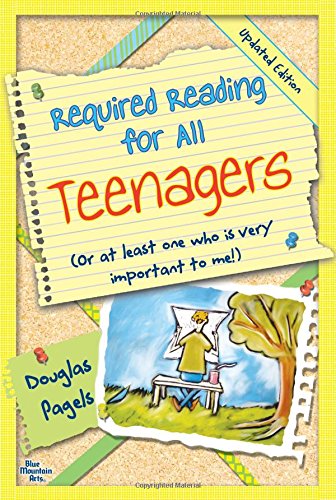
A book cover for Required Reading for All Teenagers (Updated Edition); Douglas Pagels; Teen & Young Adult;